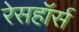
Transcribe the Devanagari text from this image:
रेसहॉर्स